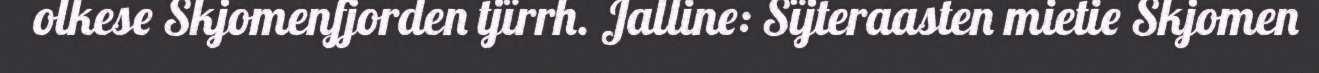
olkese Skjomenfjorden tjïrrh. Jalline: Sïjteraasten mietie Skjomen